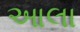
આલા